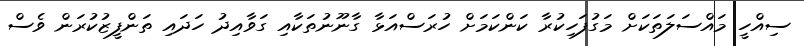
ސިއްހީ މައްސަލަތަކަށް މަގުފަހިކުރާ ކަންކަމަށް ހުރަސްއަޅާ ގާނޫނުތަކާއި ގަވާއިދު ހަދައި ތަންފީޒުކުރަން ވެސް